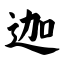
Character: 迦